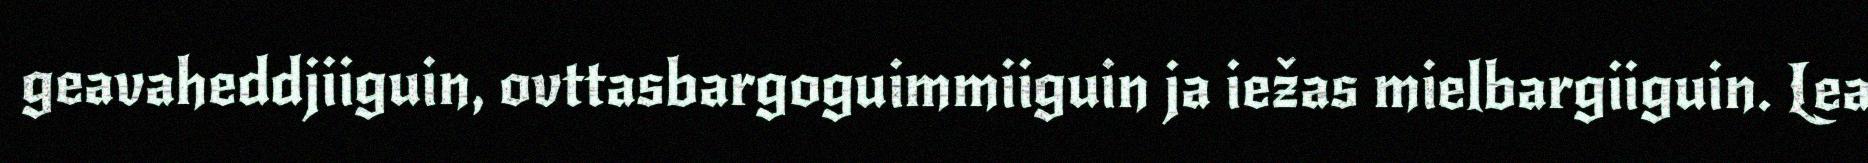
geavaheddjiiguin, ovttasbargoguimmiiguin ja iežas mielbargiiguin. Lea